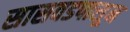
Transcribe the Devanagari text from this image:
सासवडपासून